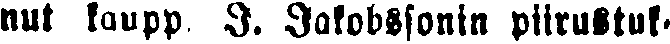
nut kaupp I. Jakobssonin piirustuk-